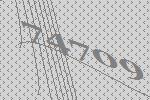
74709